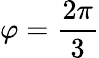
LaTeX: \varphi=\frac{2\pi}{3}